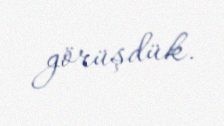
görüşdük.